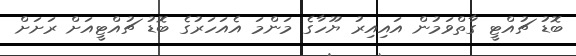
ބޮޑު ޗުއްޓީ ގާތްވަމުން އައިއިރު ޔޫހާގެ މަންމަ އެއަހަރުގެ ބޮޑު ޗުއްޓީއަށް ރަށަށް